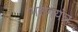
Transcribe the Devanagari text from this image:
भरणयंत्र